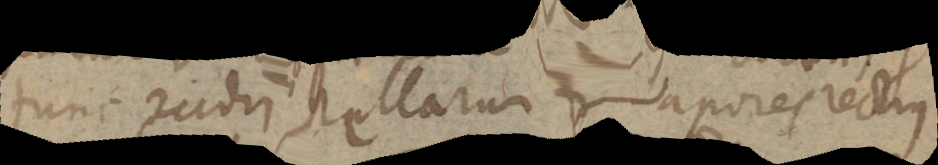
tunc radii stellarum vapores rectius